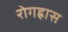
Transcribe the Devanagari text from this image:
रोगह्रास